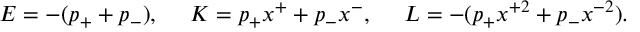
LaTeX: E = - ( p _ { + } + p _ { - } ) , ~ ~ ~ ~ K = p _ { + } x ^ { + } + p _ { - } x ^ { - } , ~ ~ ~ ~ L = - ( p _ { + } x ^ { + 2 } + p _ { - } x ^ { - 2 } ) .